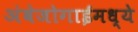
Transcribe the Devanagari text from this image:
अंबेजोगाईमध्ये